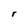
Character: r